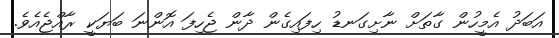
އަބަދު އެމީހުން ގާތަށް ނާށިގަނޑު ހިފައިގެން ދާން ޖެހިފަ އޮންނަ ބަޔަކީ ރާއްޖެއެވެ.